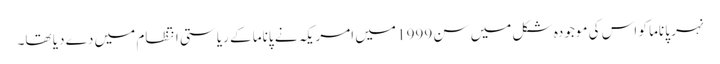
نہر پاناما کو اس کی موجودہ شکل میں سن 1999 میں امریکہ نے پاناما کے ریاستی انتظام میں دے دیا تھا۔